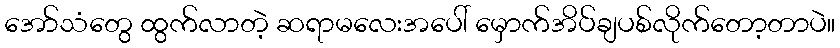
အော်သံတွေ ထွက်လာတဲ့ ဆရာမလေးအပေါ် မှောက်အိပ်ချပစ်လိုက်တော့တာပဲ။